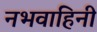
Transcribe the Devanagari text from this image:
नभवाहिनी